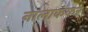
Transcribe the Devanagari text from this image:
नालाकंकर